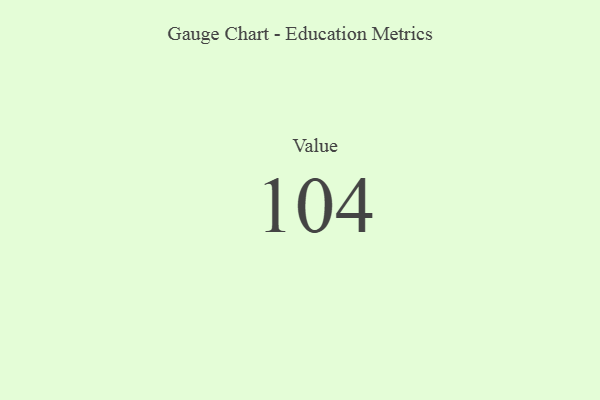
{"axis": {"x": "Metric", "y": "Value"}, "legend": [""], "data": [{"x": "Value", "y": 104, "type": ""}]}